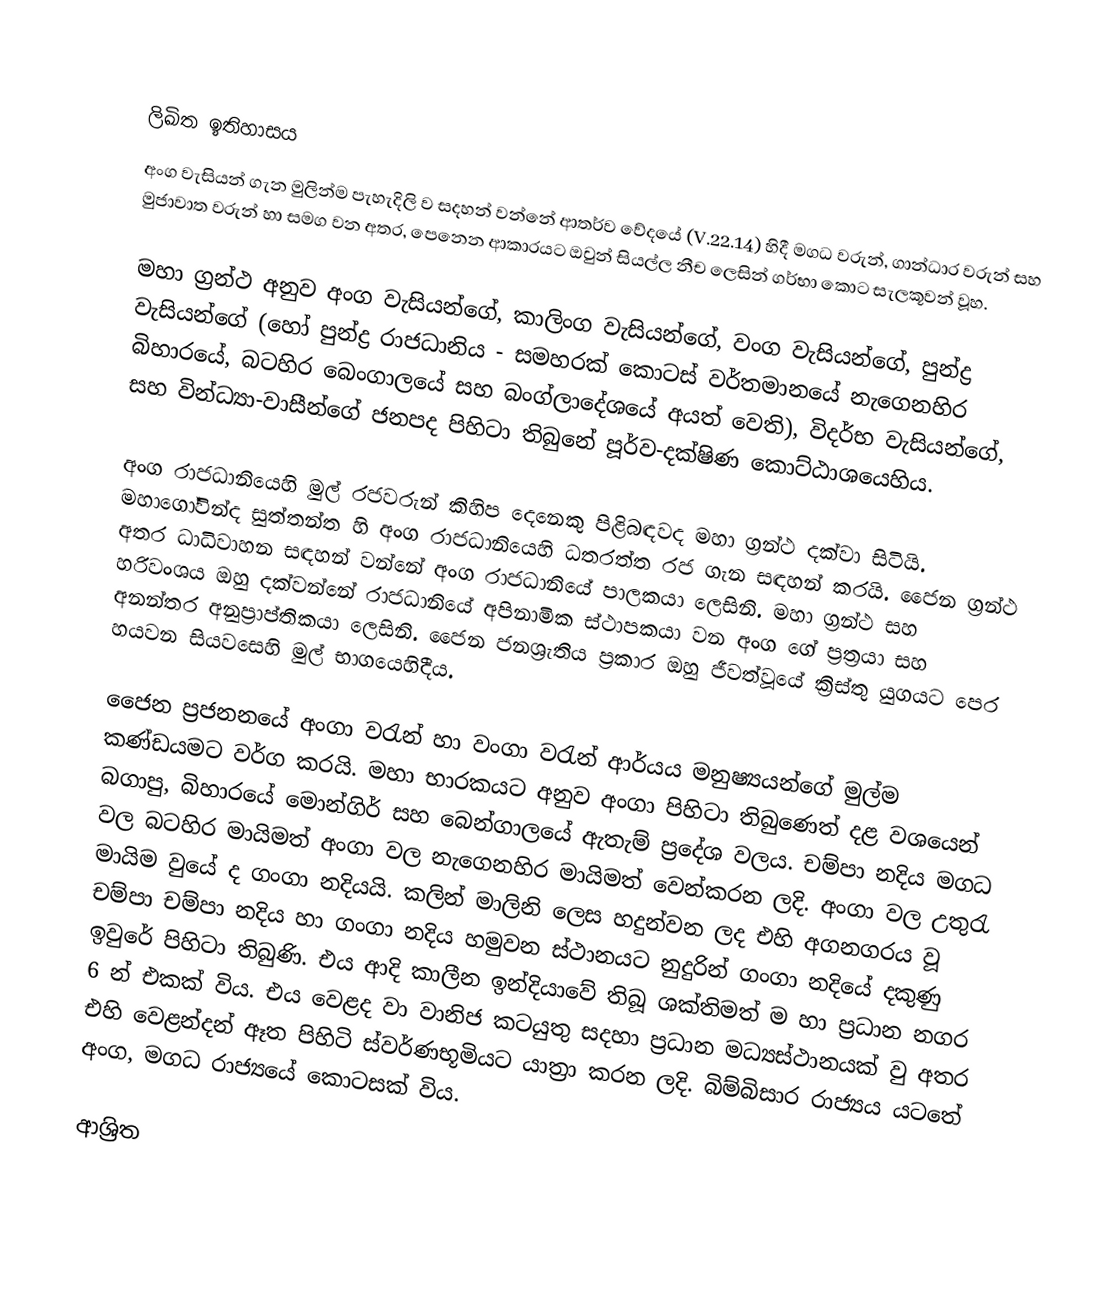

ලිඛිත ඉතිහාසය
අංග වැසියන් ගැන මුලින්ම පැහැදිලි ව සදහන් වන්නේ ආතර්ව වේදයේ (V.22.14) හිදී   මගධ වරුන්, ගාන්ධාර වරුන් සහ මුජාවාත වරුන් හා සමග වන අතර, පෙනෙන ආකාරයට ඔවුන් සියල්ල නීච ලෙසින් ගර්භා කොට සැලකූවන් වූහ.

මහා ග්‍රන්ථ අනුව අංග වැසියන්ගේ, කාලිංග වැසියන්ගේ, වංග වැසියන්ගේ, පුන්ද්‍ර වැසියන්ගේ (හෝ පුන්ද්‍ර රාජධානිය - සමහරක් කොටස් වර්තමානයේ නැගෙනහිර බිහාරයේ, බටහිර බෙංගාලයේ සහ බංග්ලාදේශයේ අයත් වෙති), විදර්භ වැසියන්ගේ, සහ වින්ධ්‍යා-වාසීන්ගේ ජනපද පිහිටා තිබුනේ  පූර්ව-දක්ෂිණ කොට්ඨාශයෙහිය.

අංග රාජධානියෙහි මුල් රජවරුන් කිහිප දෙනෙකු පිළිබඳවද මහා ග්‍රන්ථ දක්වා සිටියි. මහාගෝවින්ද සුත්තන්ත හි අංග රාජධානියෙහි ධතරත්ත රජ ගැන සඳහන් කරයි. ජෛන ග්‍රන්ථ අතර ධාධිවාහන සඳහන් වන්නේ අංග රාජධානියේ පාලකයා ලෙසිනි. මහා ග්‍රන්ථ සහ හරිවංශය ඔහු දක්වන්නේ රාජධානියේ  අපිනාමික ස්ථාපකයා වන  අංග ගේ ප්‍රත්‍රයා සහ අනන්තර අනුප්‍රාප්තිකයා ලෙසිනි.  ජෛන ජනශ්‍රැතිය ප්‍රකාර ඔහු ජීවත්වූයේ ක්‍රිස්තු යුගයට පෙර හයවන සියවසෙහි මුල් භාගයෙහිදීය.

ජෛන ප්‍රජනනයේ අංගා වරැන් හා වංගා වරැන් ආර්යය මනුෂ්‍යයන්ගේ මුල්ම කණ්ඩයමට වර්ග කරයි. මහා භාරකයට අනුව අංගා පිහිටා තිබුණෙත් දළ වශයෙන් බගාපු, බිහාරයේ මොන්ගිර් සහ බෙන්ගාලයේ ඇතැම් ප්‍ර‍දේශ වලය. චම්පා නදිය මගධ වල බටහිර මායිමත් අංගා වල නැගෙනහිර මායිමත් වෙන්කරන ලදි. අංගා වල උතුරැ මායිම වුයේ ද ගංගා නදියයි. කලින් මාලිනි ලෙස හදුන්වන ලද එහි අගනගරය වූ චම්පා චම්පා නදිය හා  ගංගා නදිය හමුවන ස්ථානයට නුදුරින් ගංගා නදියේ දකුණු ඉවුරේ පිහිටා තිබුණි. එය ආදි කාලීන ඉන්දියාවේ තිබූ ශක්තිමත් ම හා ප්‍රධාන නගර 6 න් එකක් විය. එය වෙළද වා වානිජ කටයුතු සදහා ප්‍රධාන මධ්‍යස්ථානයක් වු අතර එහි වෙළන්දන් ඈත පිහිටි ස්වර්ණභූමියට යාත්‍රා කරන ලදි. බිම්බිසාර රාජ්‍යය යටතේ අංග, මගධ රාජ්‍යයේ කොටසක් විය.

ආශ්‍රිත